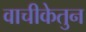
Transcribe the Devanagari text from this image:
वाचीकेतुन